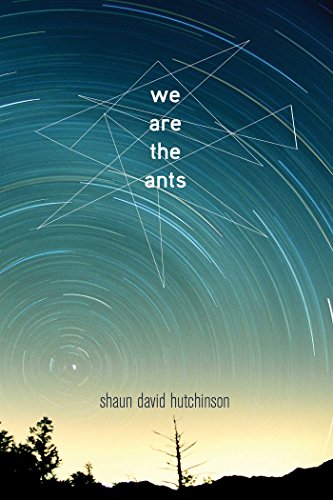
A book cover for We Are the Ants; Shaun David Hutchinson; Teen & Young Adult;